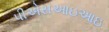
પીએસઆઇઆઇ